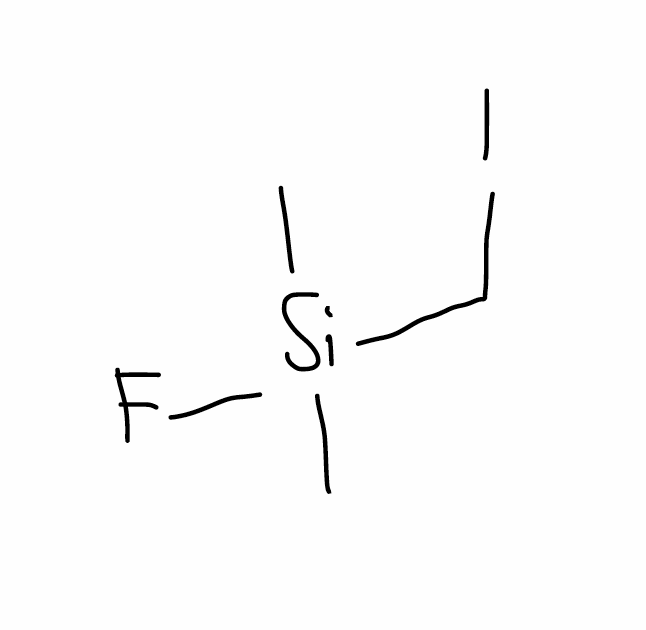
Simplified molecular-input line-entry system (SMILES) notation of the given molecule:
C[Si](C)(CI)F